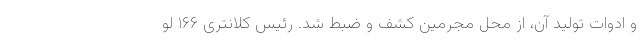
و ادوات تولید آن، از محل مجرمین کشف و ضبط شد. رئیس کلانتری ۱۶۶ لو